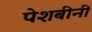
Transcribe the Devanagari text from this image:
पेशबीनी